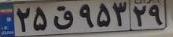
۲۵ق۹۵۳۲۹